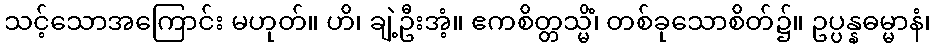
သင့်သောအကြောင်း မဟုတ်။ ဟိ၊ ချဲ့ဦးအံ့။ ဧကစိတ္တသ္မိံ၊ တစ်ခုသောစိတ်၌။ ဥပ္ပန္နဓမ္မာနံ၊